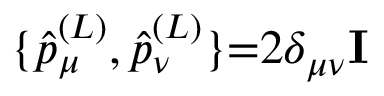
\{ \hat { p } _ { \mu } ^ { ( L ) } , \hat { p } _ { \nu } ^ { ( L ) } \} { = } 2 \delta _ { \mu \nu } \mathbf { I }